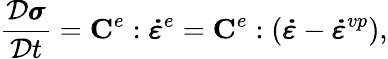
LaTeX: \frac{\mathcal{D}\pmb{\sigma}}{\mathcal{D}t}=\mathbf{C}^{e}:\pmb{\dot{\varepsilon}}^{e}=\mathbf{C}^{e}:(\pmb{\dot{\varepsilon}}-\pmb{\dot{\varepsilon}}^{vp}),